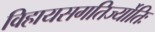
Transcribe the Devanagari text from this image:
विहायसगतिर्ज्योतिः